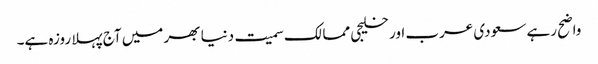
واضح رہے سعودی عرب اور خلیجی ممالک سمیت دنیا بھر میں آج پہلا روزہ ہے۔